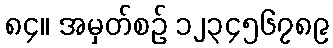
၈၄။ အမှတ်စဉ် ၁၂၃၄၅၆၇၈၉